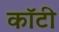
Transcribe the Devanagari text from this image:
कॉटी